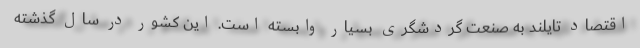
اقتصاد تایلند به صنعت گردشگری بسیار وابسته است. این کشور در سال گذشته